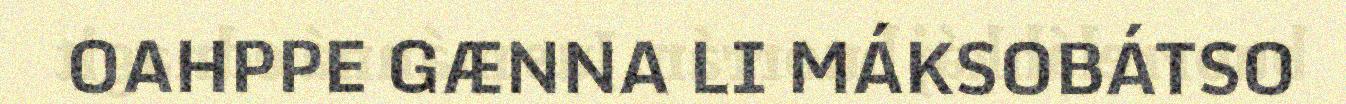
OAHPPE GÆNNA LI MÁKSOBÁTSO